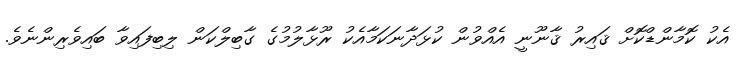
އެކު ކޮމާންޑްކޮށް ޤައިރު ޤާނޫނީ އެއްވުން ކުޅަދާނަކަމާއެކު ރޫޅާލުމުގެ ގާބިލްކަން ލިބިފައިވާ ބައިވެރިންނެވެ.